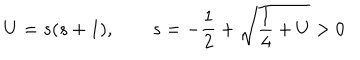
U = s ( s + 1 ) , \qquad s = - \frac 1 2 + \sqrt { \frac 1 4 + U } > 0